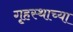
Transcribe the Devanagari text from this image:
गृ्हस्थाच्या